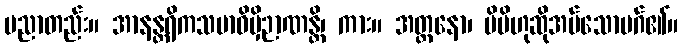
ပညာတည်း။ အာနန္တရိကသမာဓိမှိဉာဏန္တိ၊ ကား။ အတ္တနော၊ မိမိဟုဆိုအပ်သောမဂ်၏။